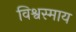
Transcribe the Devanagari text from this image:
विश्वस्माय